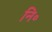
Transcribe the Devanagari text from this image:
नि॰